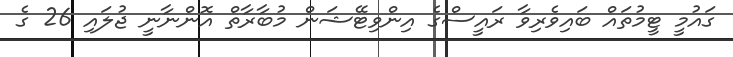
ގައުމީ ޓީމުތައް ބައިވެރިވާ ރައީސްގެ އިންވިޓޭޝަން މުބާރާތް އޮންނާނީ ޖުލައި 26 ގެ